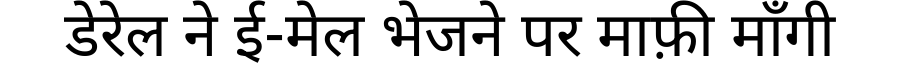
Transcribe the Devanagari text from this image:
डेरेल ने ई-मेल भेजने पर माफ़ी माँगी